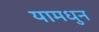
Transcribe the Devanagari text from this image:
यामधुन